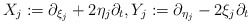
\begin{align*} X_j:=\partial_{\xi_j} + 2 \eta_j \partial_t, Y_j:=\partial_{\eta_j}-2 \xi_j \partial_t \end{align*}